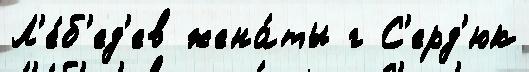
Л'е́б'ед'ев жена́ты г С'ерд'юк